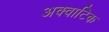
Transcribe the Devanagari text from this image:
अक्वाटिक